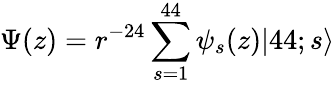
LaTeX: \Psi(z)=r^{-24}\sum_{s=1}^{44}\psi_{s}(z)|44;s\rangle